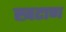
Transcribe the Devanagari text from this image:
खटाण